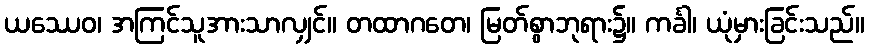
ယဿေဝ၊ အကြင်သူအားသာလျှင်။ တထာဂတေ၊ မြတ်စွာဘုရား၌။ ကင်္ခါ၊ ယုံမှားခြင်းသည်။